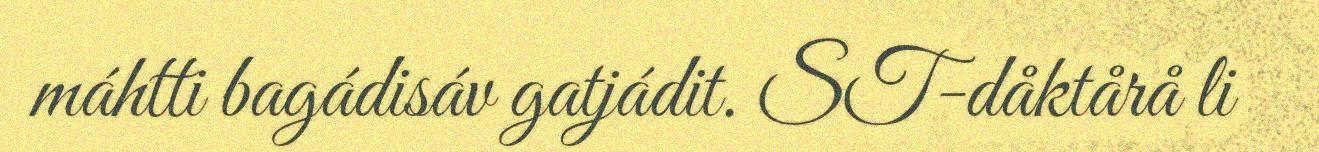
máhtti bagádisáv gatjádit. ST-dåktårå li